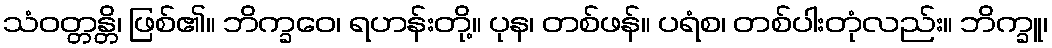
သံဝတ္တန္တိ၊ ဖြစ်၏။ ဘိက္ခဝေ၊ ရဟန်းတို့။ ပုန၊ တစ်ဖန်။ ပရံစ၊ တစ်ပါးတုံလည်း။ ဘိက္ခူ၊